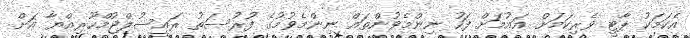
އެކަމަކު ޕާޓީ ވެރިކަމަށް އައުމަށް ފަހު ނިންމެވުންތައް ނިންމެވުމުގެ ފުރުސަތު ރައީސުލްޖުމްހޫރިއްޔާ އަށް